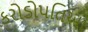
કરોડોપતિઓ